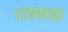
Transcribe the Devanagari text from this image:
राज्यकवि